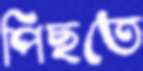
পিছতে